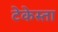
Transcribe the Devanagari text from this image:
टेकेस्ता